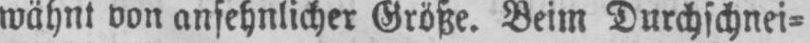
wähnt von ansehnlicher Größe. Beim Durchschnei⸗